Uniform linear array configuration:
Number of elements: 4
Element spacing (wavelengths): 1
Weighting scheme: hann
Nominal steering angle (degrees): -30
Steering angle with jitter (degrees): -30.334
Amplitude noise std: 0.05
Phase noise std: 0.05

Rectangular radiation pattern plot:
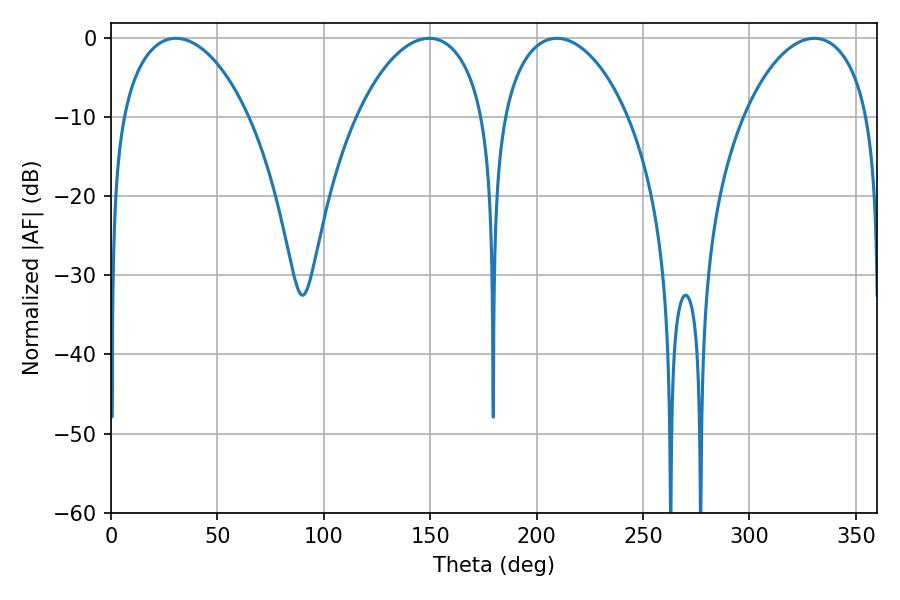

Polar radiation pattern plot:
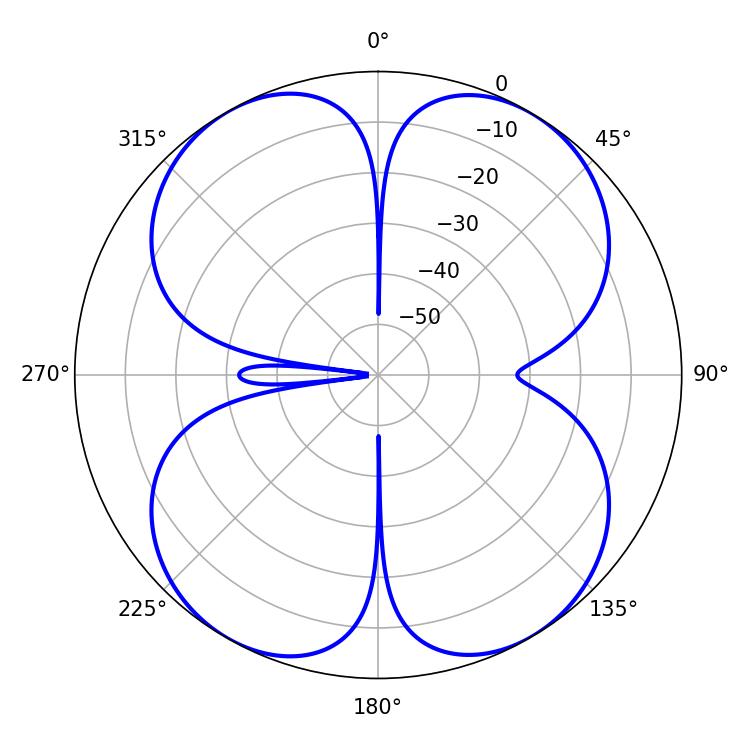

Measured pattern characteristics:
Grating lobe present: TRUE
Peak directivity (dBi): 18.013
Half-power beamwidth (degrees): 33.84
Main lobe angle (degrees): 209.52